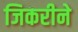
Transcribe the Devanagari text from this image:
जिकरीने